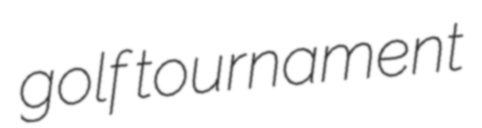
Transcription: golf tournament